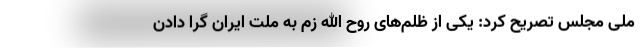
ملی مجلس تصریح کرد: یکی از ظلم‌های روح الله زم به ملت ایران گرا دادن